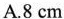
A.8cm